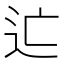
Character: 𨑑